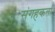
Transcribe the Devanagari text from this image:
संगहकर्ता